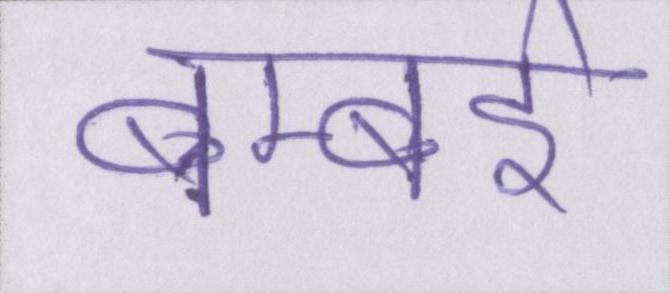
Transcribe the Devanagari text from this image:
बम्बई